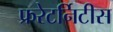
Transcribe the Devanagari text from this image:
फ्ररेटर्निटीस